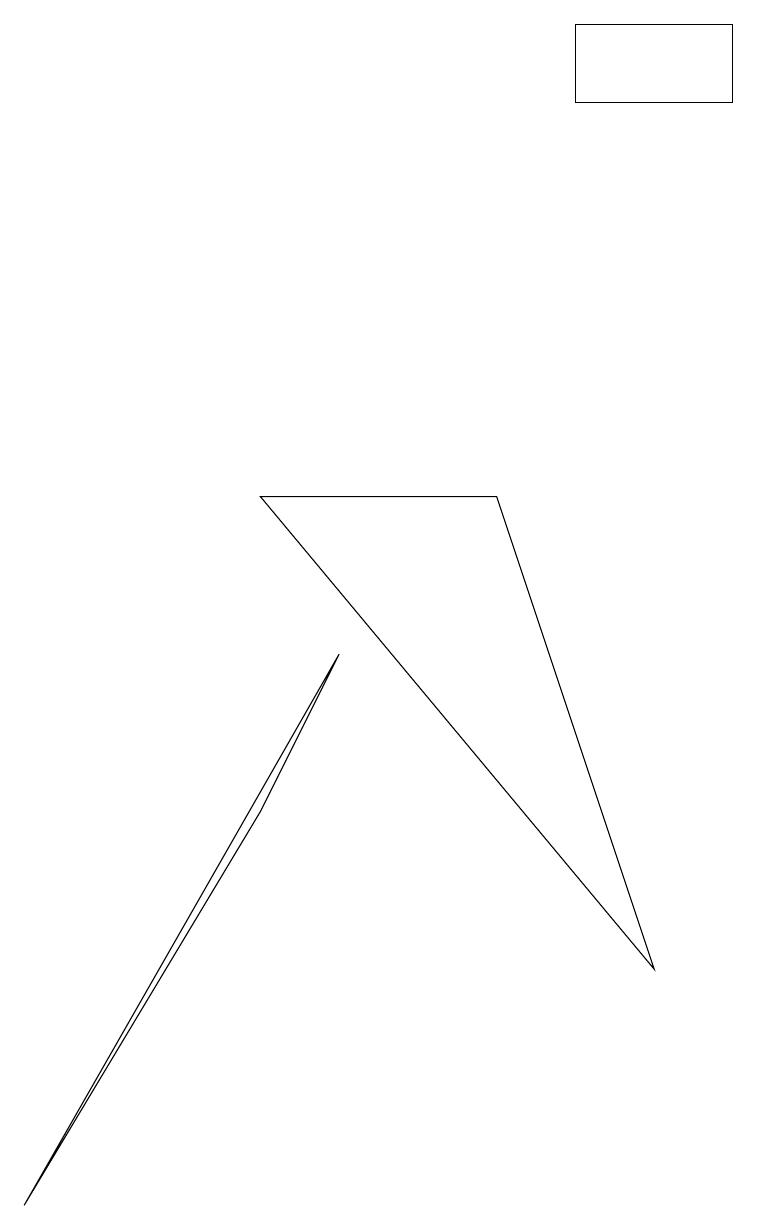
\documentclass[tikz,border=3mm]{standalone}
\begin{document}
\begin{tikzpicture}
\draw (8,3) -- (3,9) -- (6,9) -- cycle;
\draw (7,14) rectangle (9,15);
\draw (4,7) -- (3,5) -- (0,0) -- cycle;
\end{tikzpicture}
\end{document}